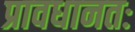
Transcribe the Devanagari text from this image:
प्रावधानतः